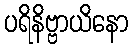
ပရိနိဗ္ဗာယိနော